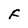
Character: F